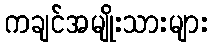
ကချင်အမျိုးသားများ